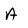
Character: A